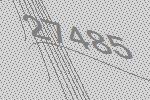
27485